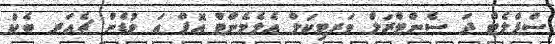
ސްޕްލެޓް ދަ ސެންޓްރަލް ވަރޓިކަލް އެލެމެންޓް އޮފް އަ ވުޑެން ޗެއަރ ބެކް